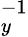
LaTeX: _y^{-1}